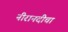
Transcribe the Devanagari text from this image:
नीरानदीचा